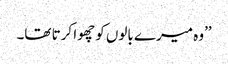
’’وہ میرے بالوں کو چھوا کرتا تھا۔